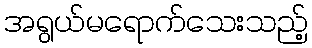
အရွယ်မရောက်သေးသည့်